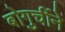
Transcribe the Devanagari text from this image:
बोगुर्चीने